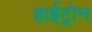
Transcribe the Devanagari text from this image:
हाईट्रोन